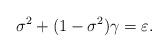
LaTeX: \begin{align*}\sigma ^{2}+(1-\sigma ^{2})\gamma =\varepsilon \mbox{.} \end{align*}